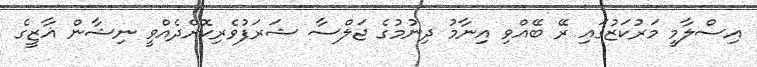
އިސްލާމީ މަރުކަޒުގައި ރޭ ބޭއްވި އިނާމު ދިނުމުގެ ޖަލްސާ ޝަރަފުވެރިކޮށްދެއްވީ ނިޝާން ޣާޒީގެ